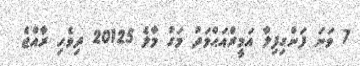
7 ވަނަ ފަންގިފިލާ އަމީރްއަޙްމަދު މަގު މާލެ 20125 ދިވެހި ރާއްޖެ